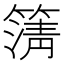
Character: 𮆆